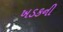
ખડકની